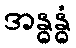
အန္ဓန္ဓံ